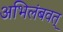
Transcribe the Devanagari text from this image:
अभिलंबवत्‌